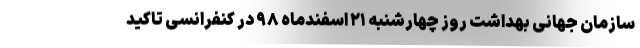
سازمان جهانی بهداشت روز چهارشنبه ۲۱ اسفندماه ۹۸ در کنفرانسی تاکید